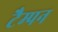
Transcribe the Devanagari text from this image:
टैम्पन